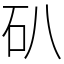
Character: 𥐙